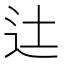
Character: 𨑒